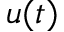
u ( t )